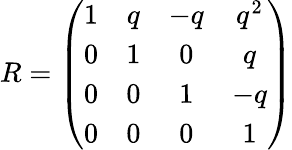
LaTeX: R=\left(\begin{array}{cccc}{{1}}&{{q}}&{{-q}}&{{q^{2}}}\\ {{0}}&{{1}}&{{0}}&{{q}}\\ {{0}}&{{0}}&{{1}}&{{-q}}\\ {{0}}&{{0}}&{{0}}&{{1}}\end{array}\right)